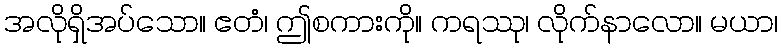
အလိုရှိအပ်သော။ ဧတံ၊ ဤစကားကို။ ကရဿု၊ လိုက်နာလော။ မယာ၊